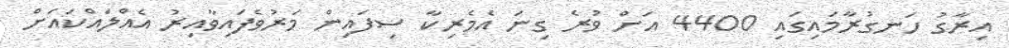
އިރާގު ހަނގުރާމައިގައި 4400 އަށް ވުރެ ގިނަ އެމެރިކާ ސިފައިން މަރުވެފައިވާއިރު އެއްލައްކައަށް